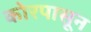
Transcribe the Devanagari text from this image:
कोरपासून